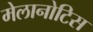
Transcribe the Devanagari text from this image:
मेलानोटिस